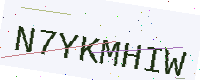
Text: N7YKMHIW